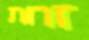
זרות